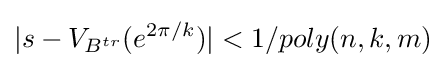
|s-V_{B^{tr}}(e^{2\pi /k})|<1/poly(n,k,m)